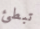
تبطئ